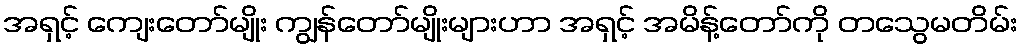
အရှင့် ကျေးတော်မျိုး ကျွန်တော်မျိုးများဟာ အရှင့် အမိန့်တော်ကို တသွေမတိမ်း